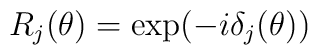
R_{j}(\theta )=\exp (-i\delta _{j}(\theta ))